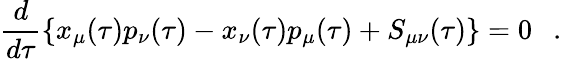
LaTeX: \frac{d}{d\tau}\left\{ x_{\mu}(\tau)p_{\nu}(\tau)-x_{\nu}(\tau)p_{\mu}(\tau)+S_{\mu\nu}(\tau)\right\} =0~~~.